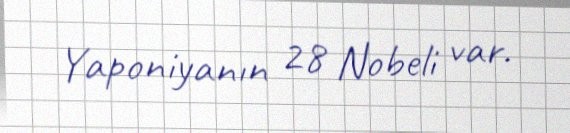
Yaponiyanın 28 Nobeli var.